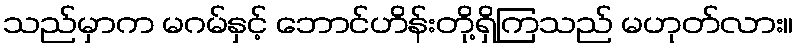
သည်မှာက မဂမ်နှင့် ဘောင်ဟိန်းတို့ရှိကြသည် မဟုတ်လား။